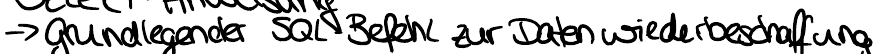
-> grundlegender SQL Befehl zur Datenwiederbeschaffung